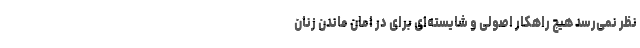
نظر نمی‌رسد هیچ راهکار اصولی و شایسته‌ای برای در امان ماندن زنان